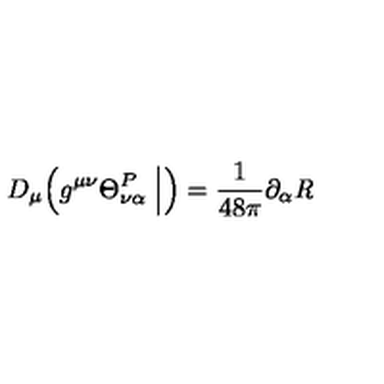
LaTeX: D _ { \mu } \Bigl ( g ^ { \mu \nu } \Theta _ { \nu \alpha } ^ { P } \Bigm | _ { \raisebox { - . 2 e x } { \scriptstyle \mathrm { t r a c e l e s s } } } \Bigr ) = \frac { 1 } { 4 8 \pi } \partial _ { \alpha } { \it R }